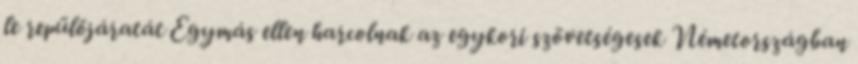
le repülőjáratát Egymás ellen harcolnak az egykori szövetségesek Németországban